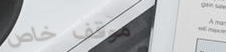
موقف خاص